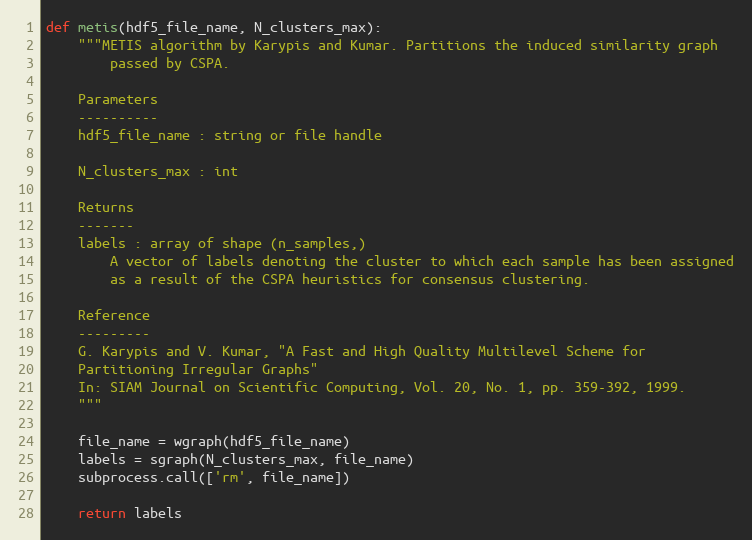
Language: Python
def metis(hdf5_file_name, N_clusters_max):
    """METIS algorithm by Karypis and Kumar. Partitions the induced similarity graph
        passed by CSPA.

    Parameters
    ----------
    hdf5_file_name : string or file handle

    N_clusters_max : int

    Returns
    -------
    labels : array of shape (n_samples,)
        A vector of labels denoting the cluster to which each sample has been assigned
        as a result of the CSPA heuristics for consensus clustering.

    Reference
    ---------
    G. Karypis and V. Kumar, "A Fast and High Quality Multilevel Scheme for
    Partitioning Irregular Graphs"
    In: SIAM Journal on Scientific Computing, Vol. 20, No. 1, pp. 359-392, 1999.
    """

    file_name = wgraph(hdf5_file_name)
    labels = sgraph(N_clusters_max, file_name)
    subprocess.call(['rm', file_name])

    return labels